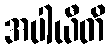
အပါယီတိ